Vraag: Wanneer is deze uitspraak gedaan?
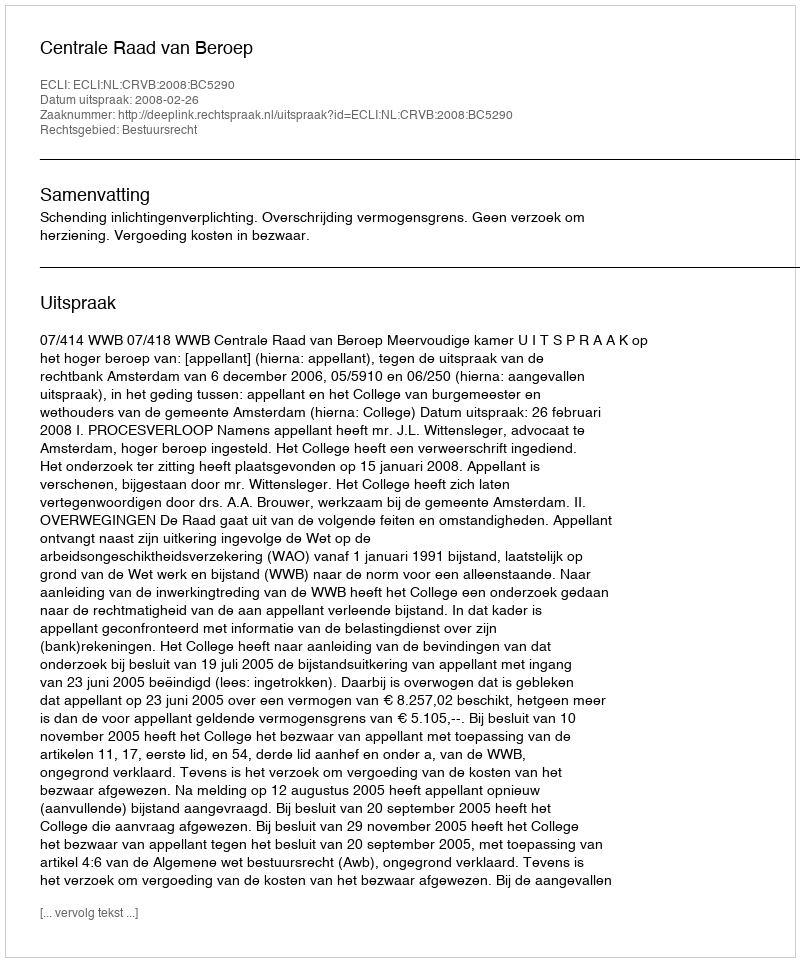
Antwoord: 2008-02-26